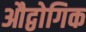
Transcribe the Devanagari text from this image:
औद्वोगिक